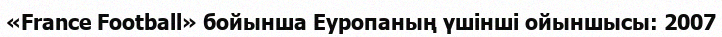
«France Football» бойынша Еуропаның үшінші ойыншысы: 2007